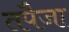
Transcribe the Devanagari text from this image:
तपैजा